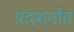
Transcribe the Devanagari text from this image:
प्रदशर्नात